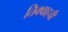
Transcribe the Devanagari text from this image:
तिक्वाहची